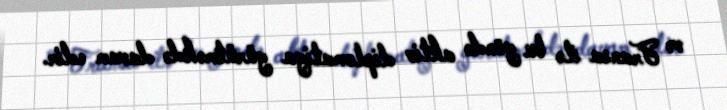
və Fransa ilə bu yöndə aktiv diplomatiya yürütməkdə davam edir.